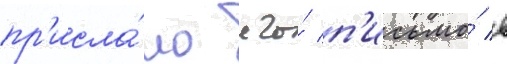
пр'исла́ло его́ п'исьмо́ в